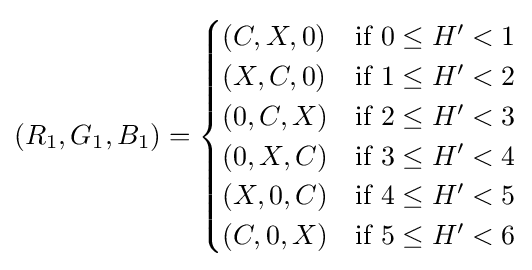
(R_{1},G_{1},B_{1})={\begin{cases}(C,X,0)&{\text{if }}0\leq H^{\prime }<1\\(X,C,0)&{\text{if }}1\leq H^{\prime }<2\\(0,C,X)&{\text{if }}2\leq H^{\prime }<3\\(0,X,C)&{\text{if }}3\leq H^{\prime }<4\\(X,0,C)&{\text{if }}4\leq H^{\prime }<5\\(C,0,X)&{\text{if }}5\leq H^{\prime }<6\end{cases}}